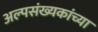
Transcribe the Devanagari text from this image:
अल्पसंख्यकांच्या